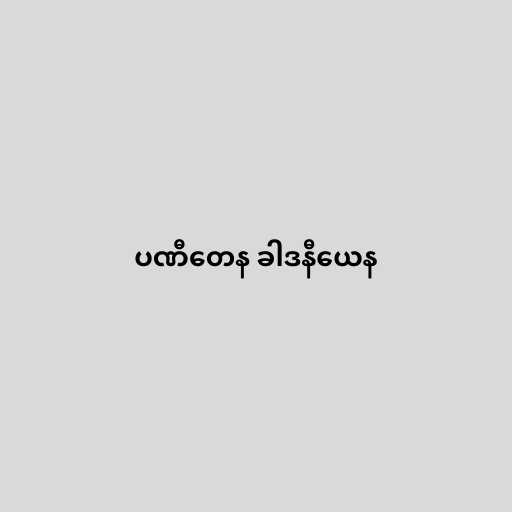
ပဏီတေန ခါဒနီယေန